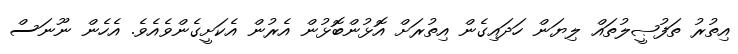
އިތުރު ތަފުޞީލުތައް ލިޔަން ހަދައިގެން އިތުރަށް އޮޅުންބޮޅުން އެރުން އެކަށީގެންވެއެވެ. އެހެން ނޫނަސް